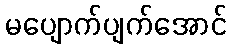
မပျောက်ပျက်အောင်